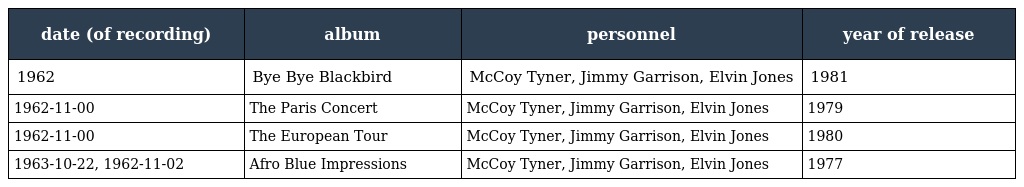
| date (of recording) | album | personnel | year of release |
 | --- | --- | --- | --- |
 | 1962 | Bye Bye Blackbird | McCoy Tyner, Jimmy Garrison, Elvin Jones | 1981 |
 | 1962-11-00 | The Paris Concert | McCoy Tyner, Jimmy Garrison, Elvin Jones | 1979 |
 | 1962-11-00 | The European Tour | McCoy Tyner, Jimmy Garrison, Elvin Jones | 1980 |
 | 1963-10-22, 1962-11-02 | Afro Blue Impressions | McCoy Tyner, Jimmy Garrison, Elvin Jones | 1977 |